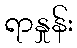
ရာနှုန်း